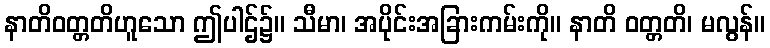
နာတိဝတ္တတိဟူသော ဤပါဌ်၌။ သီမာ၊ အပိုင်းအခြားကမ်းကို။ နာတိ ဝတ္တတိ၊ မလွန်။